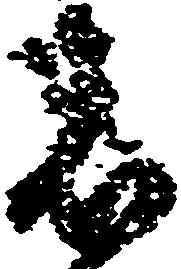
者